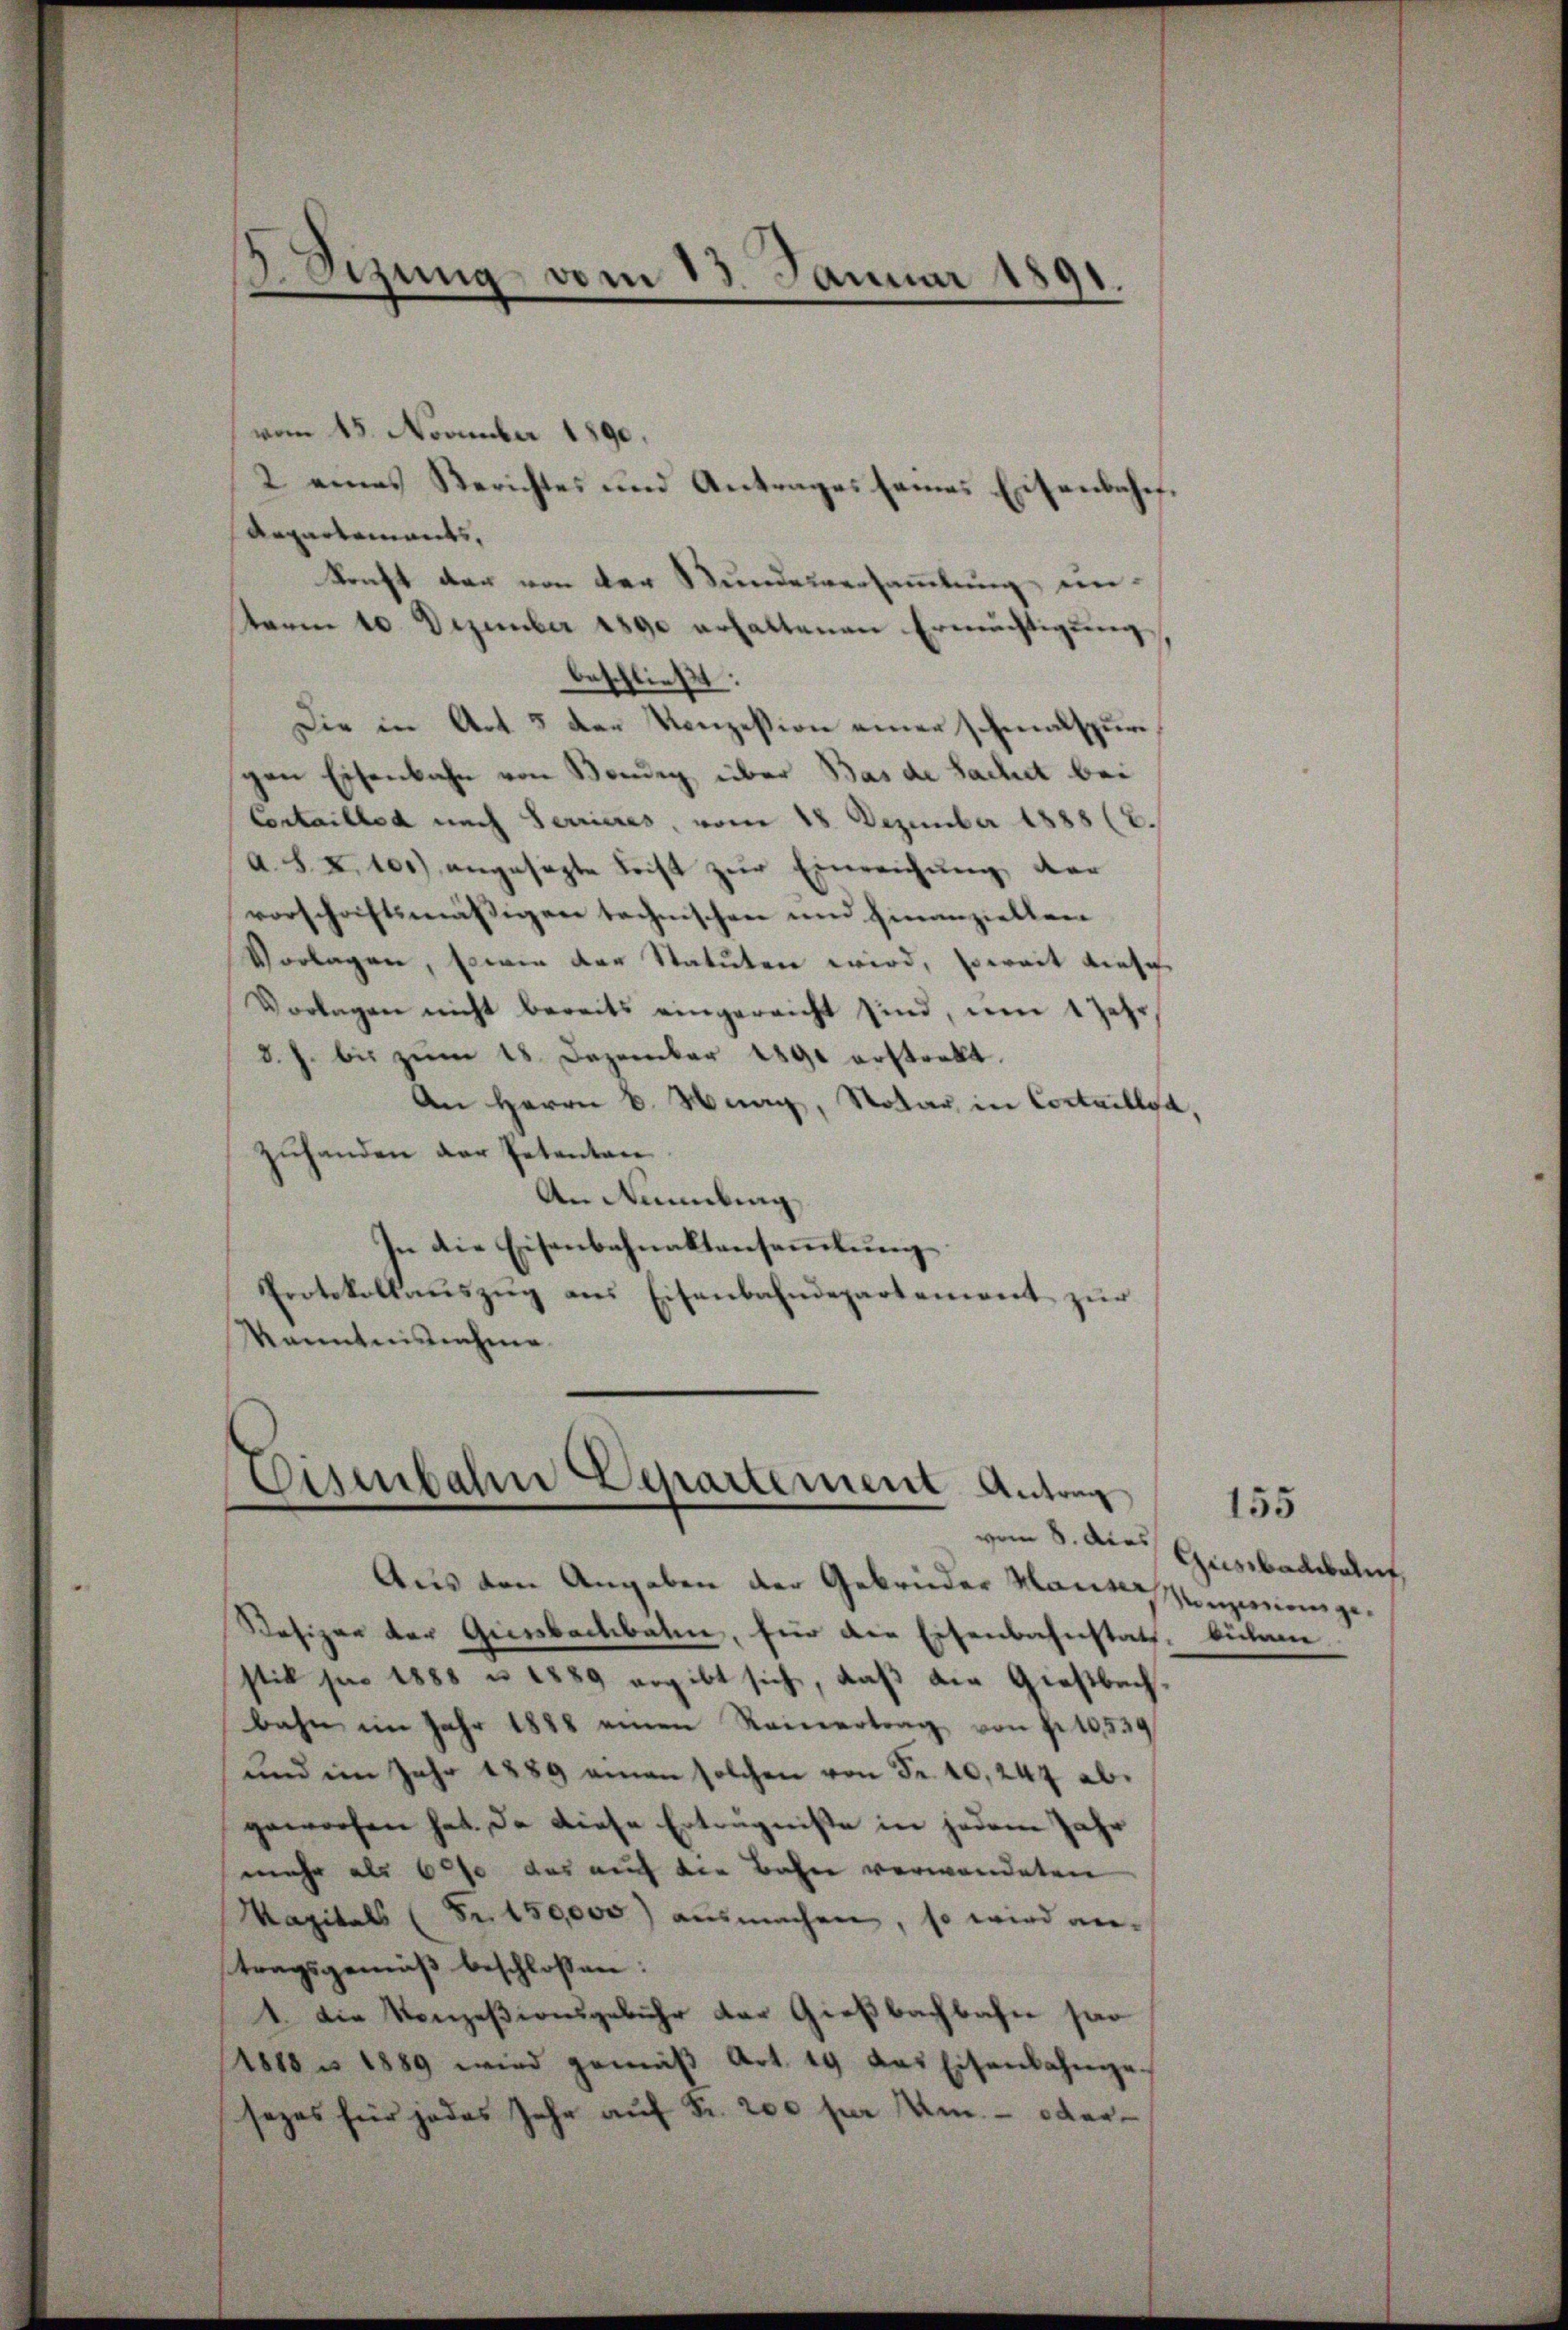
vom 15. November 1890.
2 eines Berichtes und Antrages seines Eisenbahnf¬
Aepartements,
konft der von der Stundesversammlung unterm 10. Dezember 1890 erhaltenen Ermächtigung
beschließt:
Die in Art. 5 den Konzession einer schmalspurgen Eisenbahn von Bendig über Bas de Sachet bei
Contaillod nach Terrieres, vom 18. Dezember 1885 (2.
a. S. X. 101) angesagte Frist zur Einreichung der
vorschaftsmässigen technischen und hinanziellen
Vorlagen, sowie der Statuten wird, soweit diese
Vorlagen nicht bereits eingereicht sind, um 1 Jahr,
d. J. bis zŭm 18. Dezember 1890 erstrebt.
An Herrn C. Maag, Notar in Cortaillya,
zuhanden der Petenten
An Rumling
In die Eisenbahnaktensammlung
Protokollaŭszŭg ans Eisenbahndepartement zur
Kenntnisnehme

2 Sizung vom 13. Januar 1891.
e

Aus den Angaben der Gebrüder Hauser
Besizer der Giesbachbaten, für die Eisenbahnstatt- bulane
stik pro 1888 u. 1889 ergibt sich, daß die Gießbach
bahn im Jahr 1888 einen Reinertrag von fr. 10,530
und im Jahr 1889 aman solchen von Fr. 10,244 abgeworfen hat. Da diese Erträgniße in jedem Jahr
mehr als 600 das auf die Bahn verwendeten
Kapitals (Fr. 150000) ausmachen, so wird an-
tragsgemäß beschlossen:
1. Die Konzesionsgebühr der Gießbachbahn san
1818 n 1889 wird gemäß Art. 19 das Eisenbahngesezes hier jedes Jahr auf Fr. 200 per Um- oder

Eisenbahne Departement Antrag
vom 8. dies

155

Gusbaukauf,
Konzession ge¬